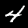
Digit: 4